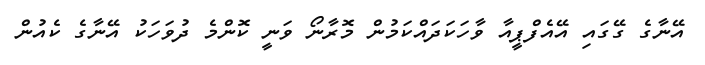
އޭނާގެ ގޭގައި އޭއެފްޕީއާ ވާހަކަދައްކަމުން މޮރާނޯ ވަނީ ކޮންމެ ދުވަހަކު އޭނާގެ ކެއުން